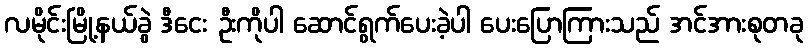
လမိုင်းမြို့နယ်ခွဲ ဒီငေး ဦးကိုပါ ဆောင်ရွက်ပေးခဲ့ပါ ပေးပြောကြားသည် အင်အားစုတခု